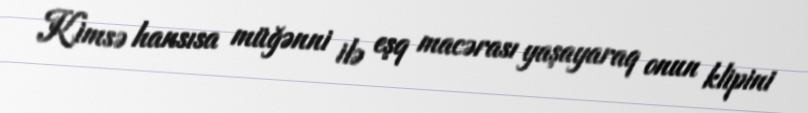
Kimsə hansısa müğənni ilə eşq macərası yaşayaraq onun klipini